Annual report on the Civil Veterinary Department, Burma (including the Insein Veterinary School) - 1923-1931
Year: 1923
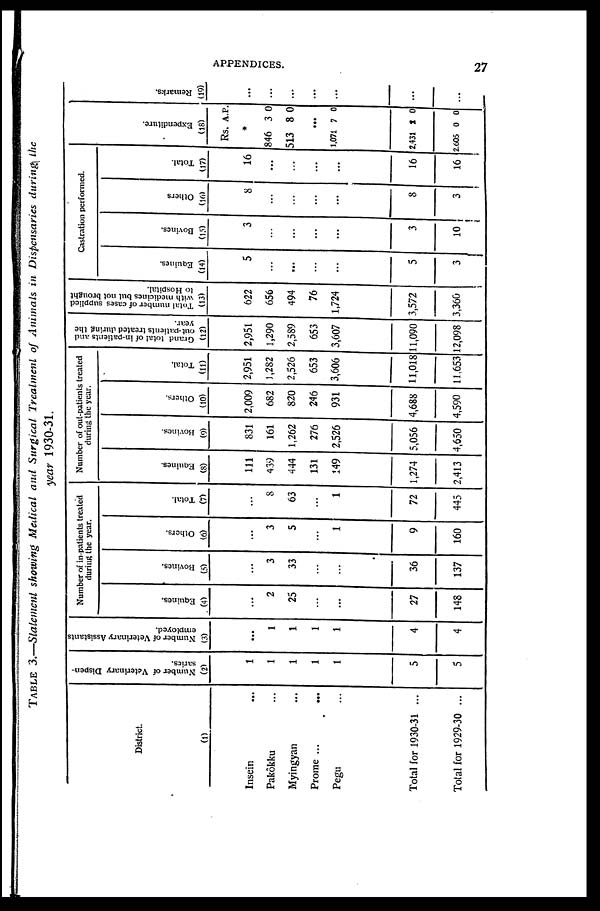
APPENDICES.
27
TABLE 3.—Statement showing Medical and Surgical Treatment of Animals in Dispensaries during the
year 1930-31.
District.
(1)
Insein ...
Pakôkku ...
Myingyan ...
Prome ... ...
Pegu ...
Total for 1930-31 ...
Total for 1929-30 ...
Number of Veterinary Dispen-
saries.
(2)
1
1
1
1
1
5
5
Number of Veterinary Assistants
employed.
(3)
...
1
1
1
1
4
4
Number of in-patients treated
during the year.
Equines.
(4)
...
2
25
...
...
27
148
Bovines.
(5)
...
3
33
...
...
36
137
Others.
(6)
...
3
5
...
1
9
160
Total.
(7)
...
8
63
...
1
72
445
Number of out-patients treated
during the year.
Equines.
(8)
111
439
444
131
149
1,274
2,413
Bovines.
(9)
831
161
1,262
276
2,526
5,056
4,650
Others.
(10)
2,009
682
820
246
931
4,688
4,590
Total.
(11)
2,951
1,282
2,526
653
3,606
11,018
11,653
Grand total of in-patients and
out-patients treated during the
year.
(12)
2,951
1,290
2,589
653
3,607
11,090
12,098
Total number of cases supplied
with medicines but not brought
to Hospital.
(13)
622
656
494
76
1,724
3,572
3,360
Castration performed.
Equines.
(14)
5
...
...
...
...
5
3
Bovines.
(15)
3
...
...
...
...
3
10
Others
(16)
8
...
...
...
...
8
3
Total.
(17)
16
...
...
...
...
16
16
Expe ndi t
ur e .
(18)
Rs. A. P.
*
846 3 0
513 8 0
...
1,071 7 0
2,431 2 0
2,605 0 0
Re ma r
ks .
(19)
...
...
...
...
...
...
...